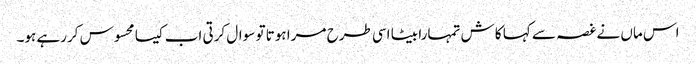
اس ماں نے غصہ سے کہا کاش تمہارا بیٹا اسی طرح مرا ہوتا تو سوال کرتی اب کیسا محسوس کررہے ہو۔